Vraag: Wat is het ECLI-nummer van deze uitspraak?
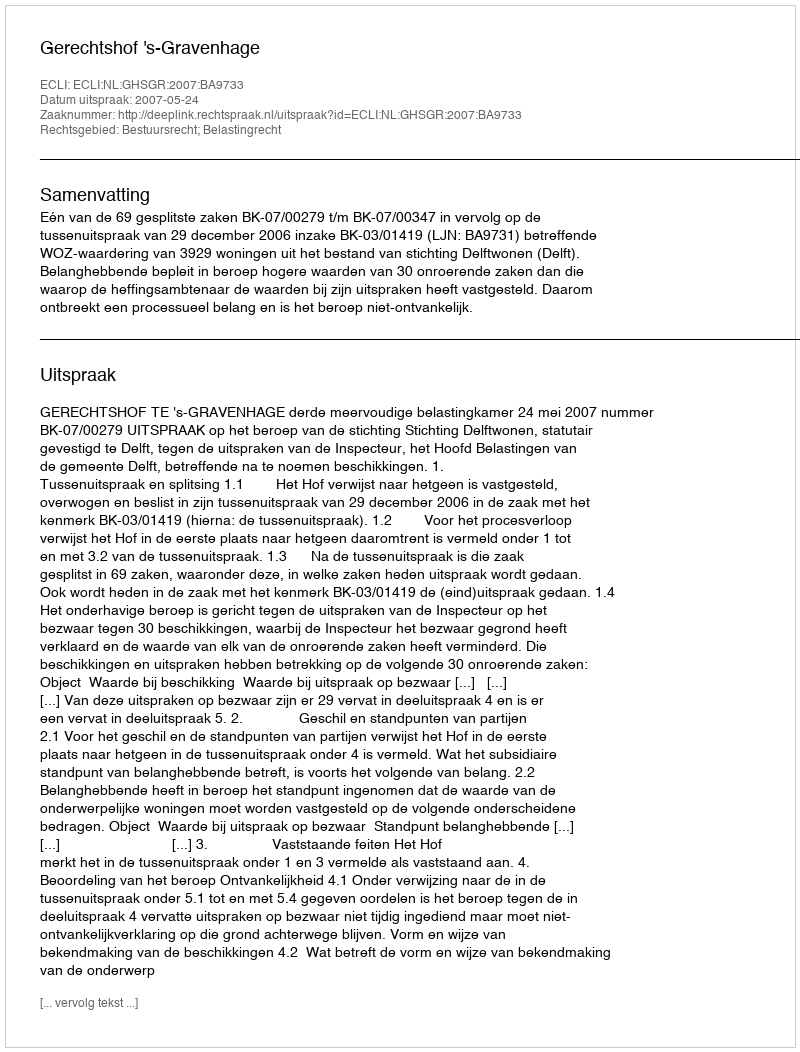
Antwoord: ECLI:NL:GHSGR:2007:BA9733